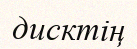
дисктің